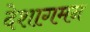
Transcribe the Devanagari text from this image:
देशागमन